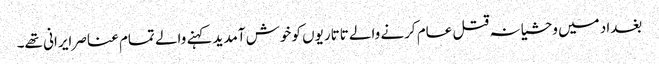
بغداد میں وحشیانہ قتل عام کرنے والے تاتاریوں کو خوش آمدید کہنے والے تمام عناصر ایرانی تھے۔